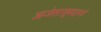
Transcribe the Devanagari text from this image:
आजेसासूबद्दलचे